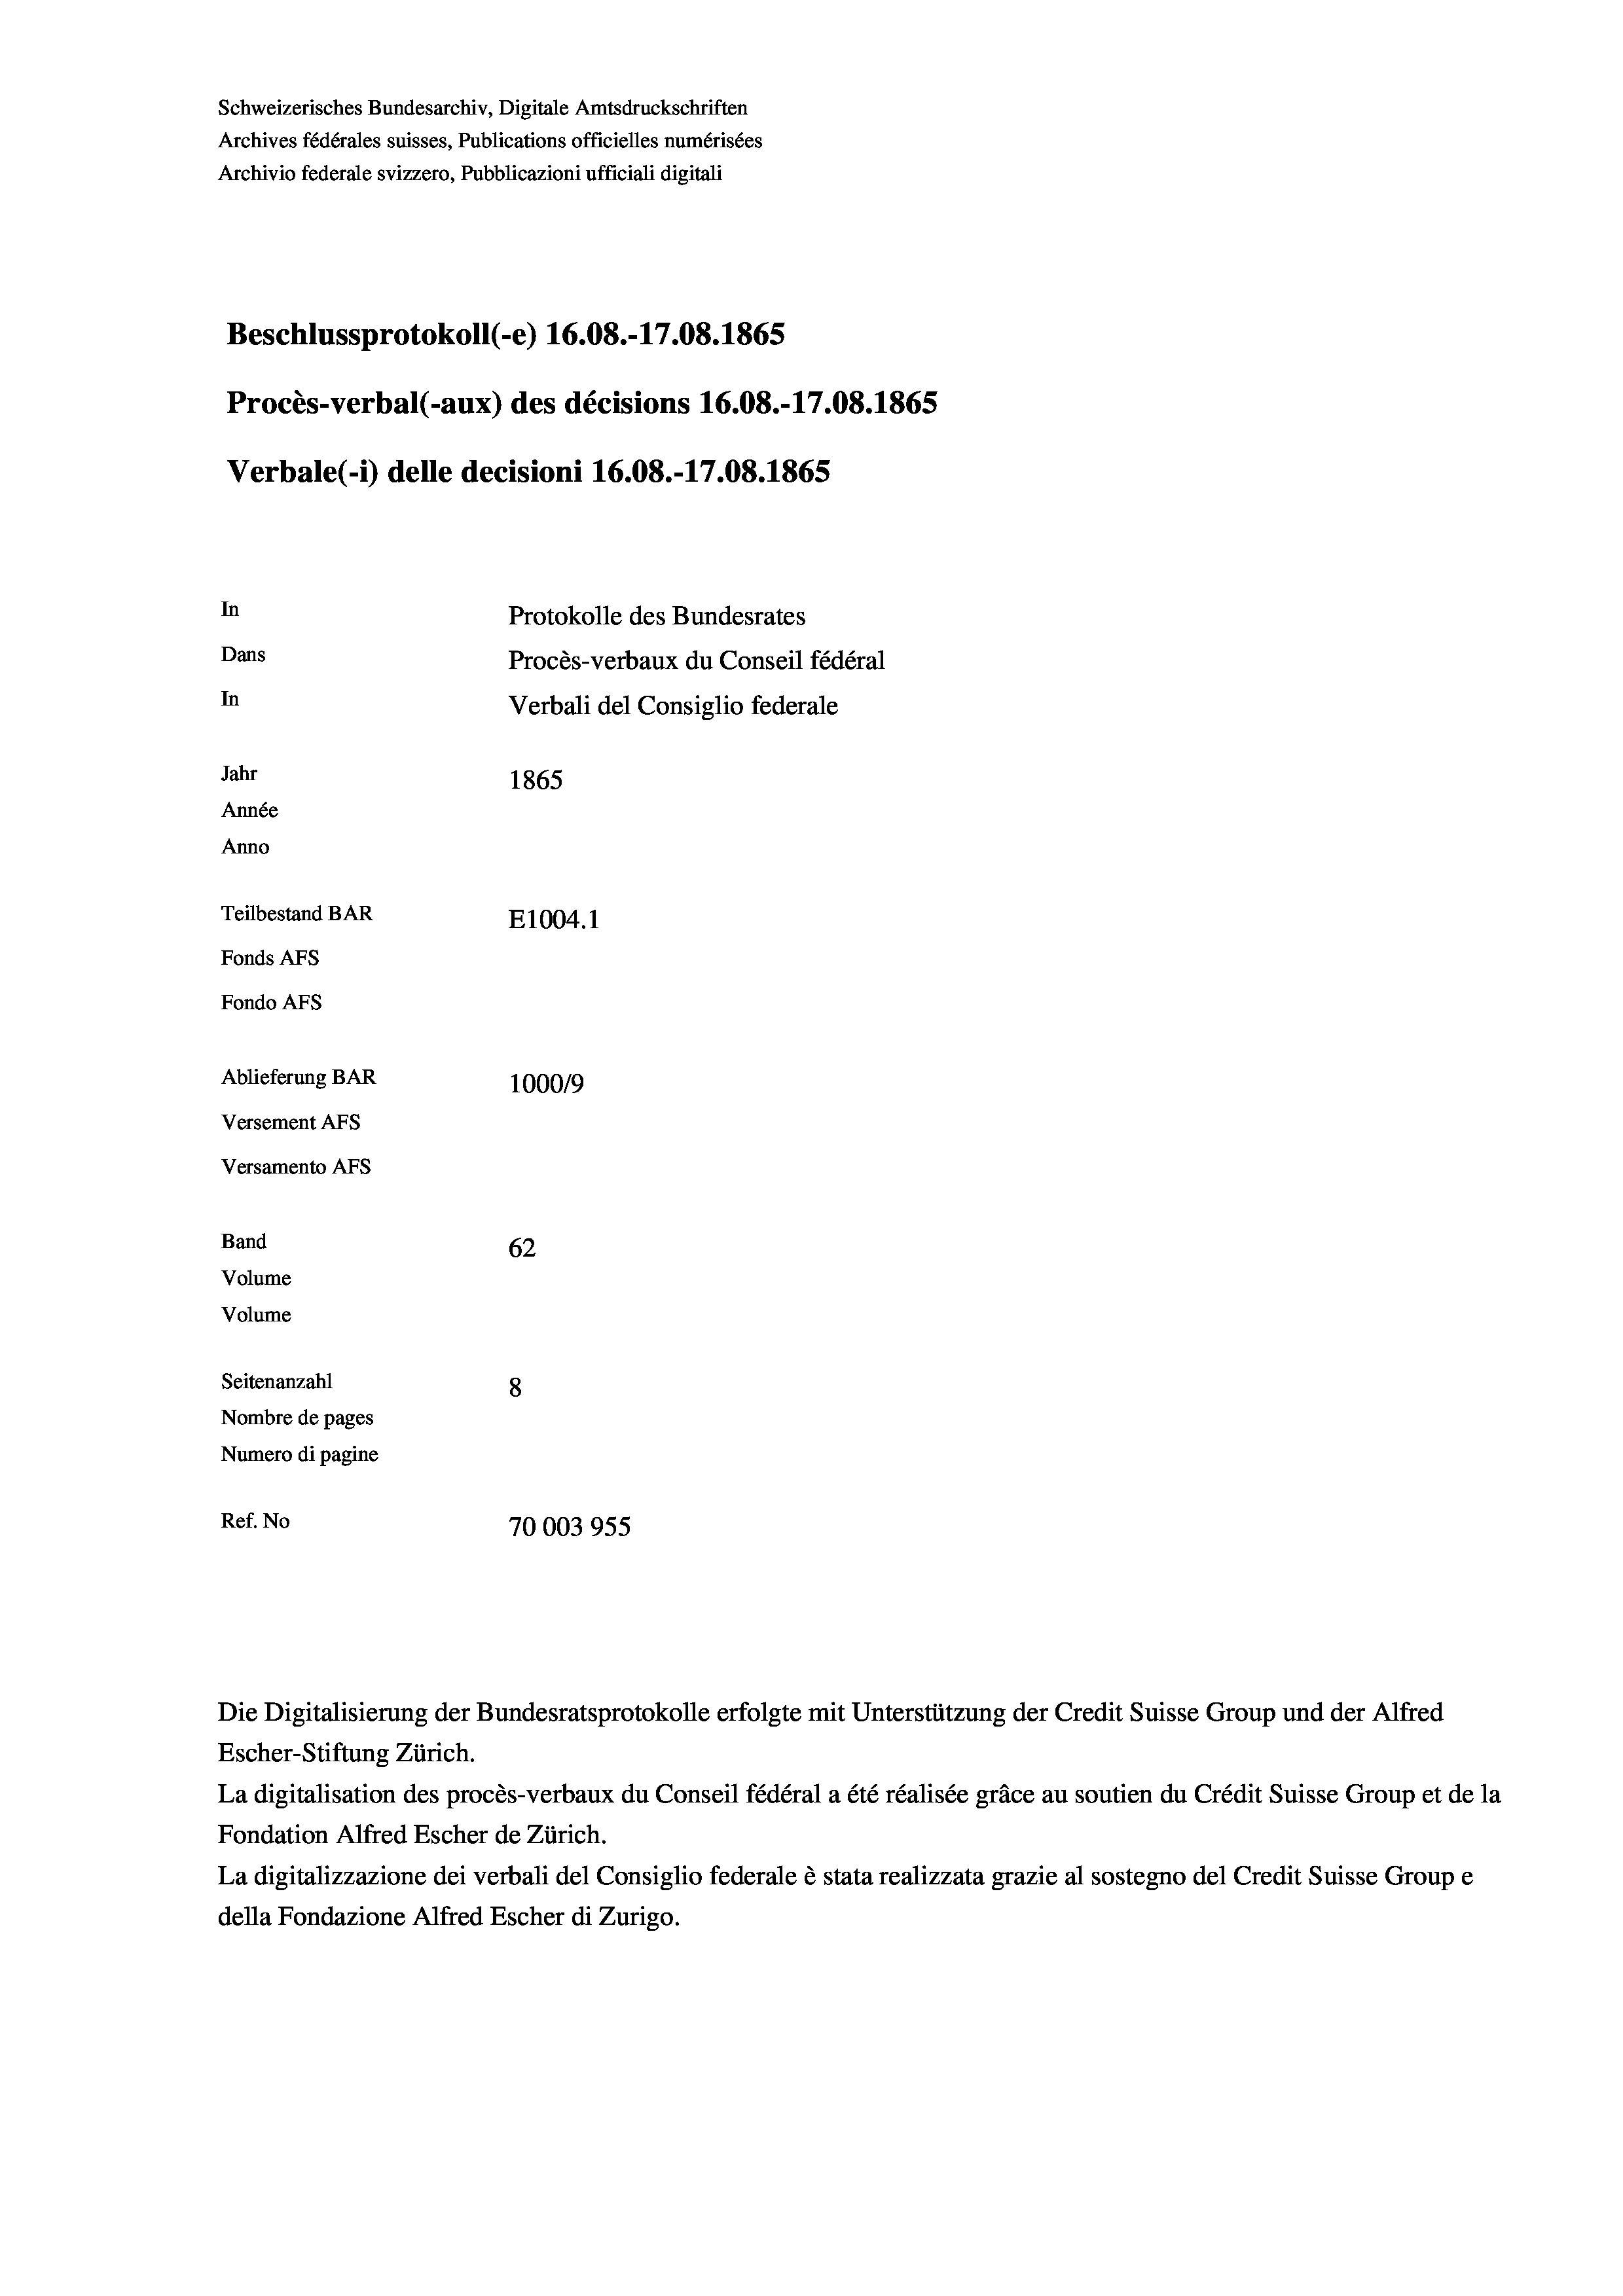
Schweizerisches Bundesarchiv, Digitale Amtsdruckschriften
Archives fédérales suisses, Publications officielles numérisées
Archivio federale svizzero, Pubblicazioni ufficiali digitali
Beschlussprotokoll (-e) 16.08.-17.08. 1865
Procès-verbal (-aux) des décisions 16.08.-17.08. 1865
Verbale (- 1) delle decisioni 16.08.-17.08. 1865
In
Protokolle des Bundesrates
Dans
Procès-verbaux du Conseil fédéral
In
Verbali del Consiglio federale
Jahr
1865
Année
Anno
Teilbestand BAR
E1004.1
Fonds AFs
Fondo AFS
Ablieferung BAR
100019
Versement AFs
Versamento AFs

Band
Volume
Volume
Seitenanzahl

62
8
Nombre de pages
Numero di pagine
Ref. No
70003955

Escher-Stiftung Zürich.
La digitalisation des procès-verbaux du Conseil fédéral a été réalisée gräce au soutien du Crédit Suisse Group et de la
Fondation Alfred Escher de Zürich.
La digitalizzazione dei verbali del Consiglio federale è stata realizzata grazie al sostegno del Credit Suisse Groupe
della Fondazione Alfred Escher di Zurigo.

Die Digitalisierung der Bundesratsprotokolle erfolgte mit Unterstützung der Credit Suisse Group und der Alfred